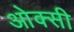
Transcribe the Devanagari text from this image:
ओक्सी